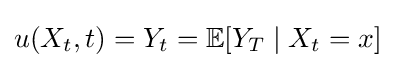
u(X_{t},t)=Y_{t}=\mathbb {E} [Y_{T}\mid X_{t}=x]